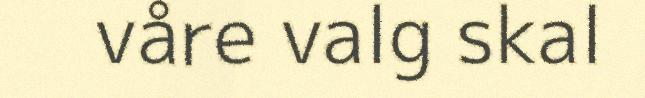
våre valg skal